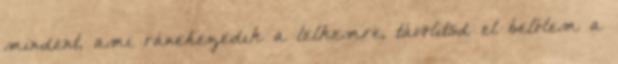
mindent, ami ránehezedik a lelkemre, távolítsd el belőlem a